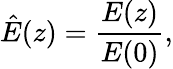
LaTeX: \hat{E}(z)=\frac{E(z)}{E(0)},